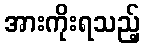
အားကိုးရသည့်